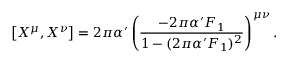
\left[ X ^ { \mu } , X ^ { \nu } \right] = 2 \pi \alpha ^ { \prime } \left( \frac { - 2 \pi \alpha ^ { \prime } F _ { 1 } } { 1 - ( 2 \pi \alpha ^ { \prime } F _ { 1 } ) ^ { 2 } } \right) ^ { \mu \nu } .